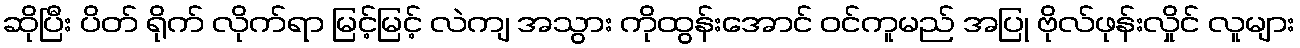
ဆိုပြီး ပိတ် ရိုက် လိုက်ရာ မြင့်မြင့် လဲကျ အသွား ကိုထွန်းအောင် ဝင်ကူမည် အပြု ဗိုလ်ဖုန်းလှိုင် လူများ